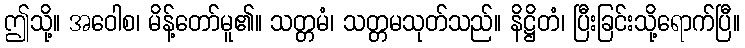
ဤသို့။ အဝေါစ၊ မိန့်တော်မူ၏။ သတ္တမံ၊ သတ္တမသုတ်သည်။ နိဋ္ဌိတံ၊ ပြီးခြင်းသို့ရောက်ပြီ။